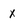
Character: x